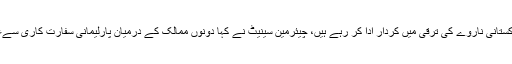
انھوں نے کہا کہ ناروے میں مقیم پاکستانی ناروے کی ترقی میں کردار ادا کر رہے ہیں، چیئرمین سینیٹ نے کہا دونوں ممالک کے درمیان پارلیمانی سفارت کاری سےعوام کو مزید قریب لایا جا سکتا ہے۔